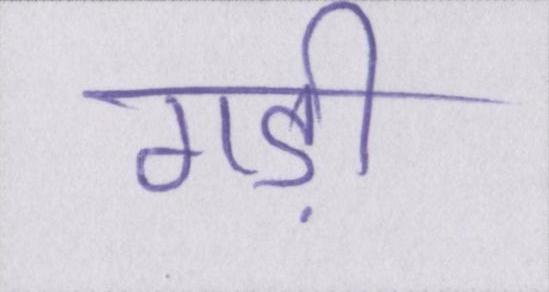
गड़ी